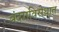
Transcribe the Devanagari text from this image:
बंदराविरोधात